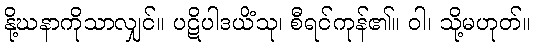
နို့ဃနာကိုသာလျှင်။ ပဋိပါဒယိံသု၊ စီရင်ကုန်၏။ ဝါ၊ သို့မဟုတ်။